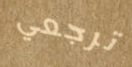
ترجعي